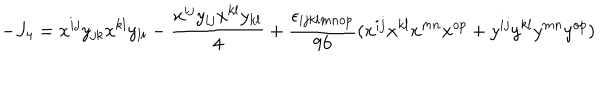
- J _ { 4 } = x ^ { i j } y _ { j k } x ^ { k l } y _ { l i } - { \frac { x ^ { i j } y _ { i j } x ^ { k l } y _ { k l } } { 4 } } + { \frac { \epsilon _ { i j k l m n o p } } { 9 6 } } ( x ^ { i j } x ^ { k l } x ^ { m n } x ^ { o p } + y ^ { i j } y ^ { k l } y ^ { m n } y ^ { o p } )